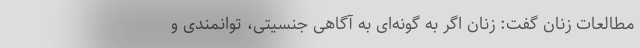
مطالعات زنان گفت: زنان اگر به گونه‌ای به آگاهی جنسیتی، توانمندی و